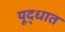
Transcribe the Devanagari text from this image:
यूद्धात